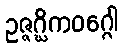
ဥဇ္ဇဂ္ဃိကဝဂ္ဂေါ